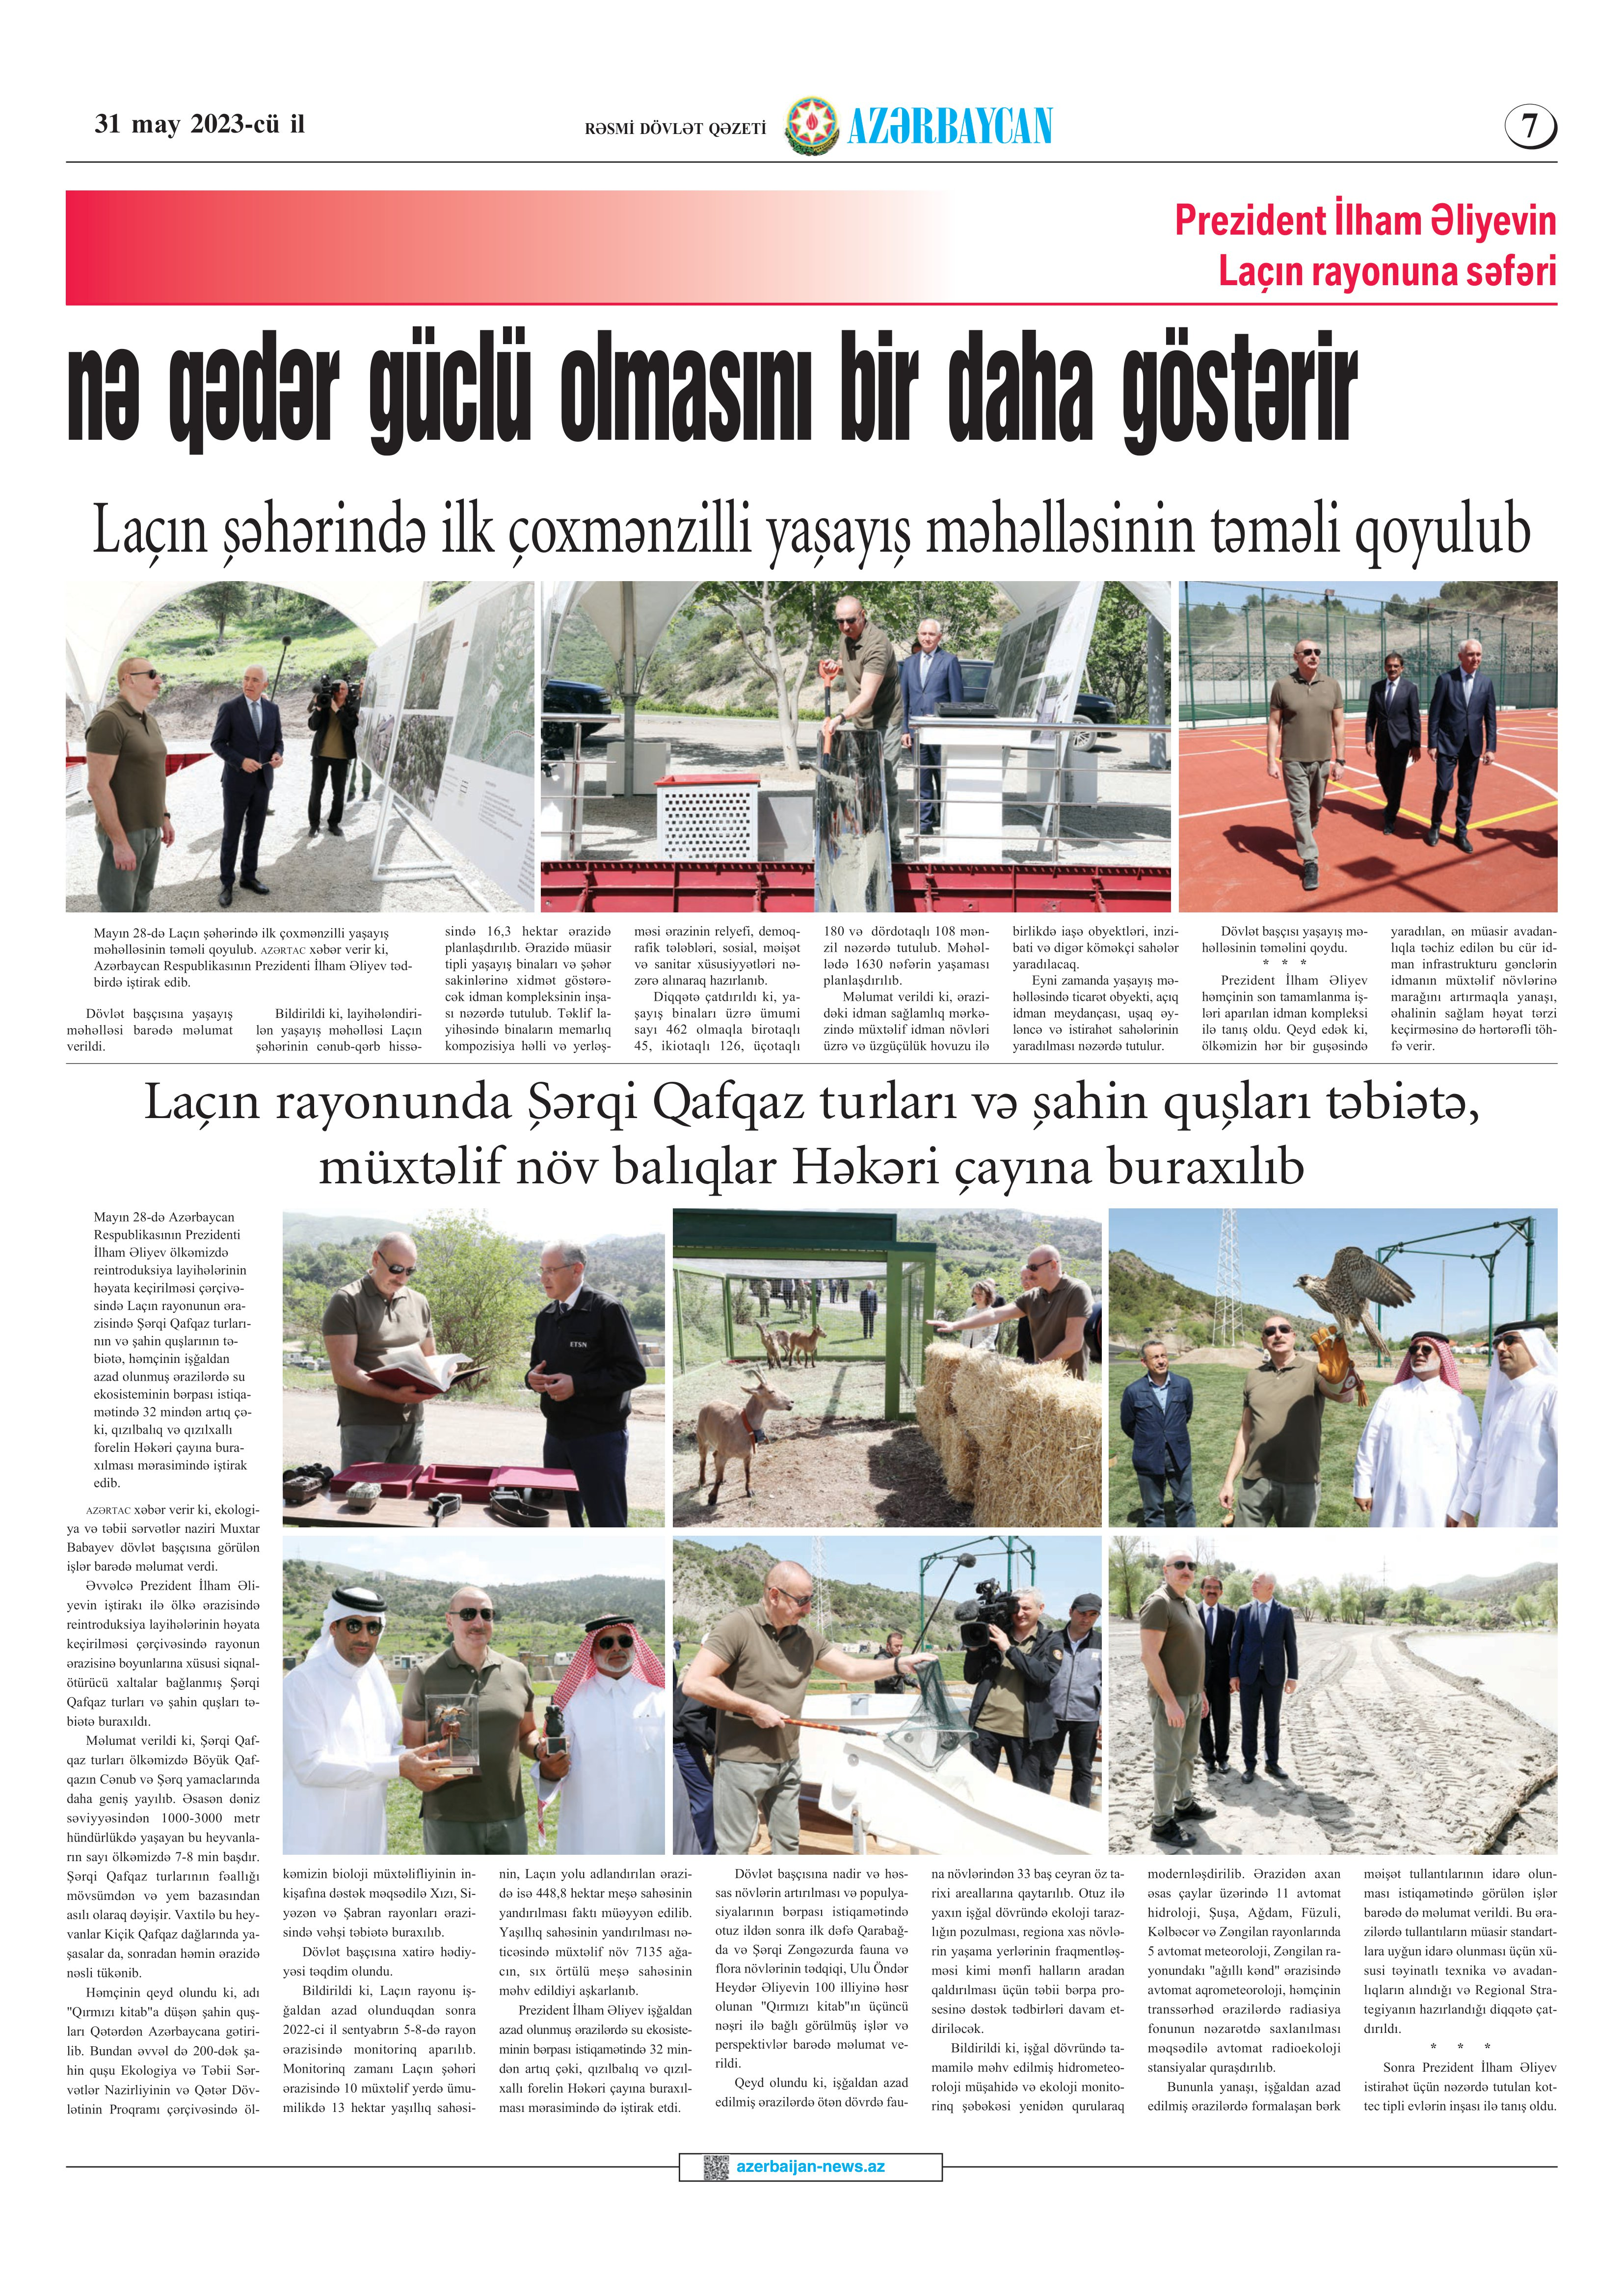
Language: az